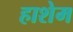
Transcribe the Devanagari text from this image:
हाशेम